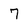
Character: 7